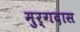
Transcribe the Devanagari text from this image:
मुर्गदास